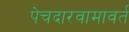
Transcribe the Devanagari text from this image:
पेचदारवामावर्त